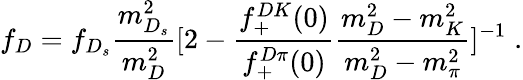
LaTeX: f_{D}=f_{D_{s}}\frac{m_{D_{s}}^{2}}{m_{D}^{2}}[2-\frac{f_{+}^{DK}(0)}{f_{+}^{D\pi}(0)}\frac{m_{D}^{2}-m_{K}^{2}}{m_{D}^{2}-m_{\pi}^{2}}]^{-1}\; .